Vaccination in the Punjab 1883-1896 - 1883-1896
Year: 1883
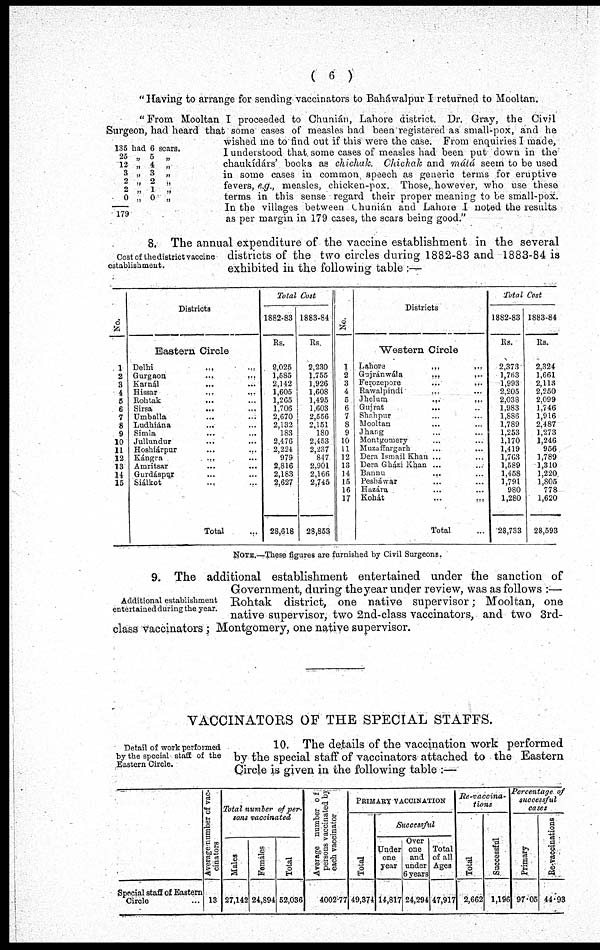
( 6 )
"Having to arrange for sending vaccinators to Baháwalpur I returned to Mooltan.
136 bad 6 scare.
26
12
3
2
2
0
179
„ 5
„
„ 4 „
„ 3 „
„ 2 „
„ 1 „
„ 0 „
"From Mooltan I proceeded to Chunián, Lahore district. Dr. Gray, the Civil
Surgeon, had heard that some cases of measles had been registered as small-pox, and he
wished me to find out if this were the case. From enquiries I made,
I understood that some cases of measles had been put down in the
chaukídárs' books as chichuk.
Chichak and mátá seem to be used
in some cases in common speech as generic terms for eruptive
fevers, e.g., measles, chicken-pox. Those, however, who use these
terms in this sense regard their proper meaning to be small-pox.
In the villages between Chunián and Lahore I noted the results
as per margin in 179 cases, the scars being good."
Cost of the district vaccine
establishment.
8. The annual expenditure of the vaccine establishment in the several
districts of the two circles during 1882-83 and 1883-84 is
exhibited in the following table :
—
No.
1
2
3
4
5
6
7
8
9
10
11
12
13
14 15
Districts
Eastern Circle
Delhi
... ...
Gurgaon ... ...
Karnál ... ...
Hissar
...
...
Rohtak ... ...
Sirsa ... ...
Umballa ... ...
Ludhiána ... ...
Simla ... ...
Jullundur ... ...
Hoshiárpor ... ...
Kángra
... ...
Amritsar ... ...
Gurdáspujr ... ...
Siálkot ... ...
Total
Total Cost
1882-83
Rs.
2,025
1,585
2,142
1,605
1,265
1,706
2,670
2,132
183
2,476
2,224
979
2,816
2,183
2,627
28,618
1883-84
Rs.
2,230
1,755
1,926
1,608
1,495
1,603
2,556
2,151
180
2,453
2,237
847
2,901
2,166
2,745
28,853
No.
1
2
3
4
5
6
7
8
9
10
11
12
13
14
15
16
17
Districts
Western Circle
Lahore
...
...
Gujránwála
..,
,..
Ferozepore
...
...
Rawalpindi ... ...
Jhelum...
...
Gujrat ... ...
Shahpur ... ...
Mooltan ... ...
Jhang ... ...
Montgomery ... ...
Muzaffargarh ... ...
Dera Ismail Khan ... ...
Dera Gházi Khan ... ...
Bannu ... ...
Pesháwar ... ...
Hazára ... ...
Kohát
...
...
Total
Total Cost
1882-83
Rs.
2,373
1,763
1,993
2,205
2,038
1,983
1,886
1,789
1,253
1,170
1,419
1,763
1,589
1,458
1,791
980
1,280
28,733
1883-84
Rs.
2,324
1,661
2,113
2,250
2,099
1,746
1,916
2,487
1,273
1,246
956
1,789
1,310
1,220
1,805
778
1,620
28,593
NOTE.—These figures are furnished by Civil Surgeons.
Additional establishment
entertained during the year.
9. The additional establishment entertained under the sanction of
Government, during the year under review, was as follows :—
Rohtak district, one native supervisor; Mooltan, one
native supervisor, two 2nd-class vaccinators, and two 3rd-
class vaccinators ; Montgomery, one native supervisor.
VACCINATORS OF THE SPECIAL STAFFS.
Detail of work performed
by the special staff of the
Eastern Circle.
10. The details of the vaccination work performed
by the special staff of vaccinators attached to the Eastern
Circle is given in the following table :—
Special staff of Eastern
Circle ...
Average number of vac-
cinators
13
Total number of per-
sons vaccinated
Males
27,142
Females
24,894
Total
62,036
Average number of
persons vaccinated by
each vaccinator
4002.77
PRIMARY VACCINATION
Total
49,374
Successful
Under
one
year
14,817
Over
one
and
under
6 year
24,294
Total
of all
Ages
47,917
Re-vaccina-
tions
Total
2,662
Successful
1,196
Percentage of
successful
cases
Primary
97.05
Re-vaccinations
44.93